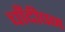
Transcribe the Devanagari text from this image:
चाँदीपन